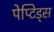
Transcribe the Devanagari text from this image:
पेप्टिड्स